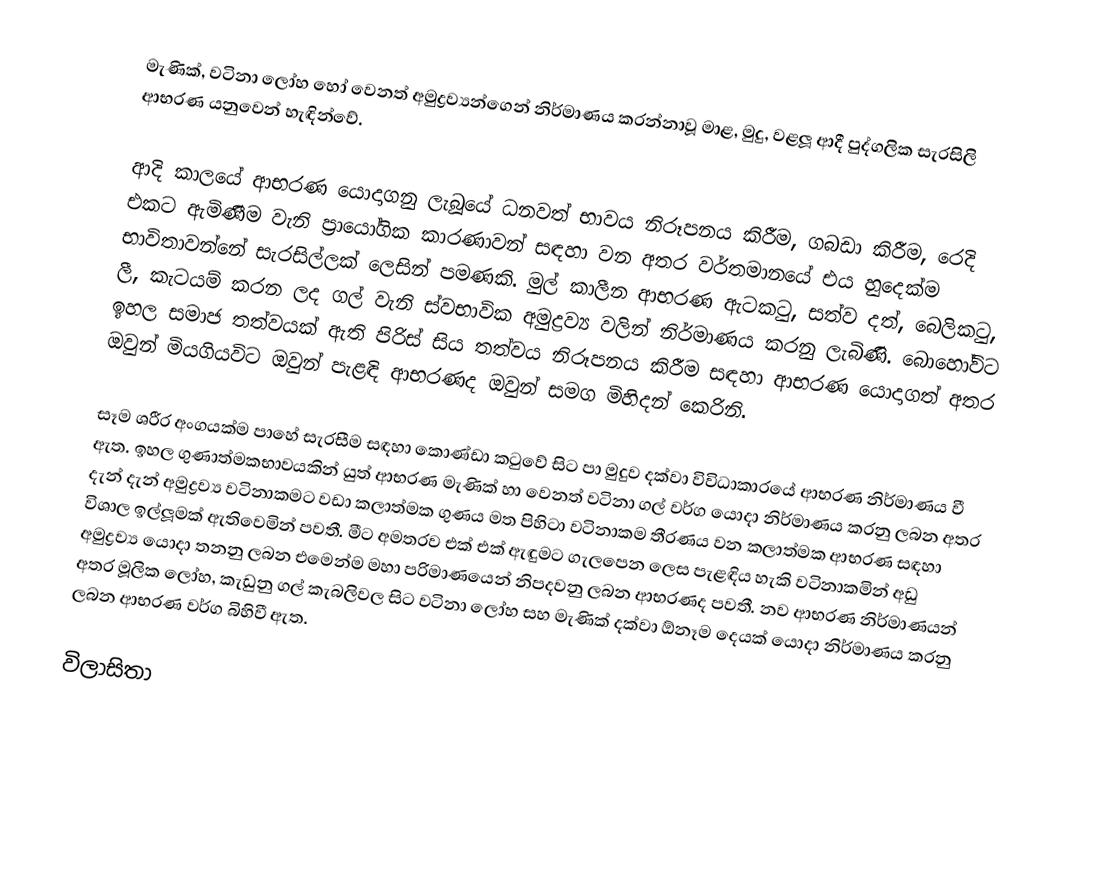
මැණික්, වටිනා ලෝහ හෝ වෙනත් අමුද්‍රව්‍යන්ගෙන් නිර්මාණය කරන්නාවූ මාළ, මුදු, වළලූ ආදී පුද්ගලික සැරසිලි ආභරණ යනුවෙන් හැඳින්වේ.

ආදි කාලයේ ආභරණ යොදාගනු ලැබූයේ ධනවත් භාවය නිරූපනය කිරීම, ගබඩා කිරීම, රෙදි එකට ඇමිණීම වැනි ප‍්‍රායෝගික කාරණාවන් සඳහා වන අතර වර්තමානයේ එය හුදෙක්ම භාවිතාවන්නේ සැරසිල්ලක් ලෙසින් පමණකි. මුල් කාලීන ආභරණ ඇටකටු, සත්ව දත්, බෙලිකටු, ලී, කැටයම් කරන ලද ගල් වැනි ස්වභාවික අමුද්‍රව්‍ය වලින් නිර්මාණය කරනු ලැබිණි. බොහෝවිට ඉහල සමාජ තත්වයක් ඇති පිරිස් සිය තත්වය නිරූපනය කිරීම සඳහා ආභරණ යොදාගත් අතර ඔවුන් මියගියවිට ඔවුන් පැළඳි ආභරණද ඔවුන් සමග මිහිදන් කෙරිනි.

සෑම ශරීර අංගයක්ම පාහේ සැරසීම සඳහා කොණ්ඩා කටුවේ සිට පා මුදුව දක්වා විවිධාකාරයේ ආභරණ නිර්මාණය වී ඇත. ඉහල ගුණාත්මකභාවයකින් යුත් ආභරණ මැණික් හා වෙනත් වටිනා ගල් වර්ග යොදා නිර්මාණය කරනු ලබන අතර දැන් දැන් අමුද්‍රව්‍ය වටිනාකමට වඩා කලාත්මක ගුණය මත පිහිටා වටිනාකම තීරණය වන කලාත්මක ආභරණ සඳහා විශාල ඉල්ලූමක් ඇතිවෙමින් පවතී. මීට අමතරව  එක් එක් ඇඳුමට ගැලපෙන ලෙස පැළඳිය හැකි වටිනාකමින් අඩු අමුද්‍රව්‍ය යොදා තනනු ලබන එමෙන්ම මහා පරිමාණයෙන් නිපදවනු ලබන ආභරණද පවතී. නව ආභරණ නිර්මාණයන් අතර මූලික ලෝහ, කැඩුනු ගල් කැබලිවල සිට වටිනා ලෝහ සහ මැණික් දක්වා  ඕනෑම දෙයක් යොදා නිර්මාණය කරනු ලබන ආභරණ වර්ග බිහිවී ඇත.

විලාසිතා